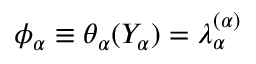
\phi _ { \alpha } \equiv \theta _ { \alpha } ( Y _ { \alpha } ) = \lambda _ { \alpha } ^ { ( \alpha ) }